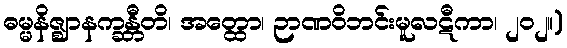
ဓမ္မနိဇ္ဈာနက္ခန္တီတိ၊ အတ္ထော၊ ဉာဏဝိဘင်းမူလဋီကာ၊ ၂၀၂။)